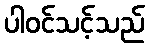
ပါဝင်သင့်သည်